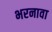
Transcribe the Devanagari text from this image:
भरनावा